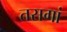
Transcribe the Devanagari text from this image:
तसगां